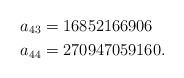
LaTeX: \begin{align*} a_{43}&=16852166906 \\ a_{44}&=270947059160.\end{align*}